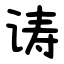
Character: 诪